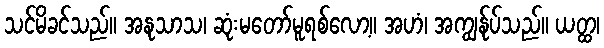
သင်မိခင်သည်။ အနုသာသ၊ ဆုံးမတော်မူရစ်လော့။ အဟံ၊ အကျွန်ုပ်သည်။ ယတ္ထ၊